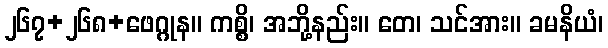
၂၆၇+၂၆၈+ဖေဂ္ဂုန။ ကစ္စိ၊ အဘို့နည်း။ တေ၊ သင်အား။ ခမနိယံ၊